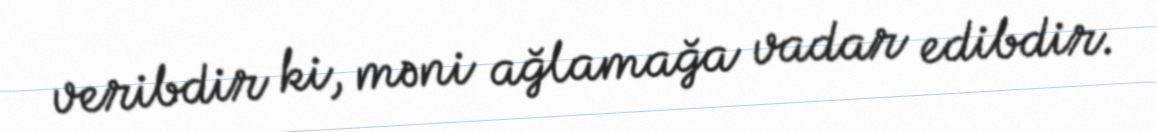
veribdir ki, məni ağlamağa vadar edibdir.